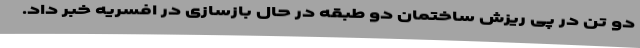
دو تن در پی ریزش ساختمان دو طبقه در حال بازسازی در افسریه خبر داد.